Lunatic asylums Central Provinces reports 1886-1894 - 1886-1894
Year: 1886
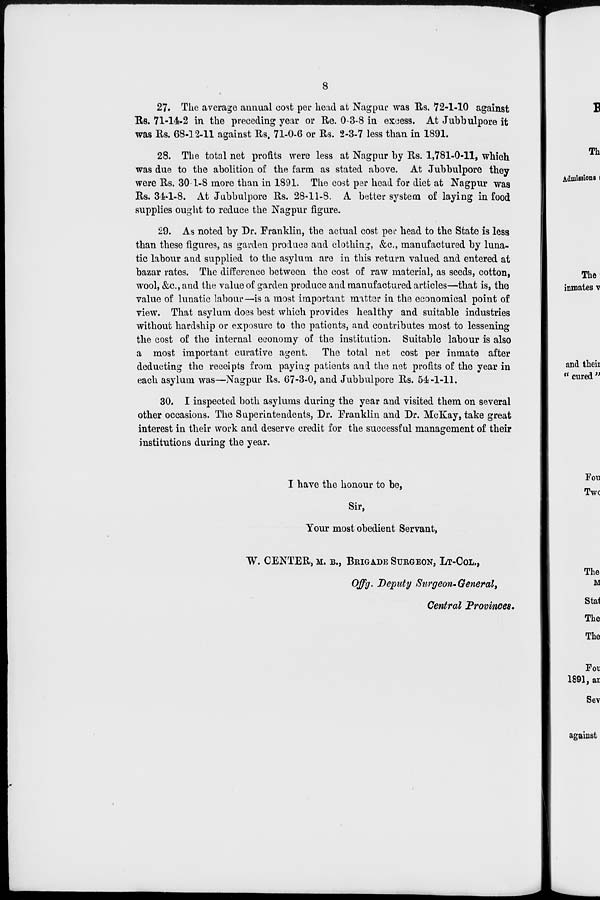
8
27. The average annual cost per head at Nagpur was Rs. 72-1-10 against
Rs. 71-14-2 in the preceding year or Re. 0-3-8 in excess. At Jubbulpore it
was Rs. 68-12-11 against Rs. 71-0-6 or Rs. 2-3-7 less than in 1891.
28. The total net profits were less at Nagpur by Rs. 1,781-0-11, which
was due to the abolition of the farm as stated above. At Jubbulpore they
were Rs. 30-1-8 more than in 1891. The cost per head for diet at Nagpur was
Rs. 34-1-8. At Jubbulpore Rs. 28-11-8. A better system of laying in food
supplies ought to reduce the Nagpur figure.
29. As noted by Dr. Franklin, the actual cost per head to the State is less
than these figures, as garden produce and clothing, &c., manufactured by luna-
tic labour and supplied to the asylum are in this return valued and entered at
bazar rates. The difference between the cost of raw material, as seeds, cotton,
wool, &c., and the value of garden produce and manufactured articles—that is, the
value of lunatic labour—is a most important matter in the economical point of
view. That asylum does best which provides healthy and suitable industries
without hardship or exposure to the patients, and contributes most to lessening
the cost of the internal economy of the institution. Suitable labour is also
a most important curative agent. The total net cost per inmate after
deducting the receipts from paying patients and the net profits of the year in
each asylum was—Nagpur Rs. 67-3-0, and Jubbulpore Rs. 54-1-11.
30. I inspected both asylums during the year and visited them on several
other occasions. The Superintendents, Dr. Franklin and Dr. McKay, take great
interest in their work and deserve credit for the successful management of their
institutions during the year.
I have the honour to be,
Sir,
Your most obedient Servant,
W. CENTER, M.B., BRIGADE SURGEON, LT-COL.,
Offg. Deputy Surgeon-General,
Central Provinces.